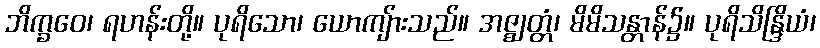
ဘိက္ခဝေ၊ ရဟန်းတို့။ ပုရိသော၊ ယောကျ်ားသည်။ အဇ္ဈတ္တံ၊ မိမိသန္တာန်၌။ ပုရိသိန္ဒြိယံ၊